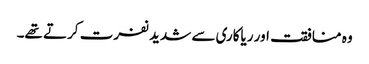
وہ منافقت اور ریاکاری سے شدید نفرت کرتے تھے۔